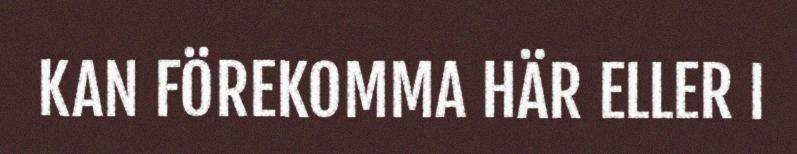
KAN FÖREKOMMA HÄR ELLER I